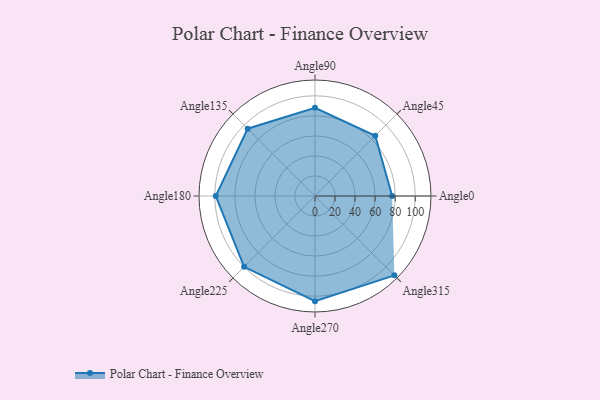
{"axis": {"x": "Angle", "y": "Radius"}, "legend": [""], "data": [{"x": "Angle0", "y": 77.0, "type": ""}, {"x": "Angle45", "y": 85.0, "type": ""}, {"x": "Angle90", "y": 88.0, "type": ""}, {"x": "Angle135", "y": 95.0, "type": ""}, {"x": "Angle180", "y": 99.0, "type": ""}, {"x": "Angle225", "y": 100.0, "type": ""}, {"x": "Angle270", "y": 105.0, "type": ""}, {"x": "Angle315", "y": 112.0, "type": ""}]}